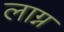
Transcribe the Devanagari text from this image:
लाग्न